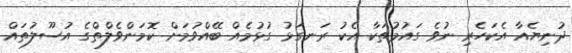
ދުނިޔެއާ އެކަހެރި ނުވެ ގައުމުތަކާ އެކު ރަނގަޅު ގުޅުމެއް ބޭއްވުމަށް ކޮމަންވެލްތްގެ އުސޫލުތައް